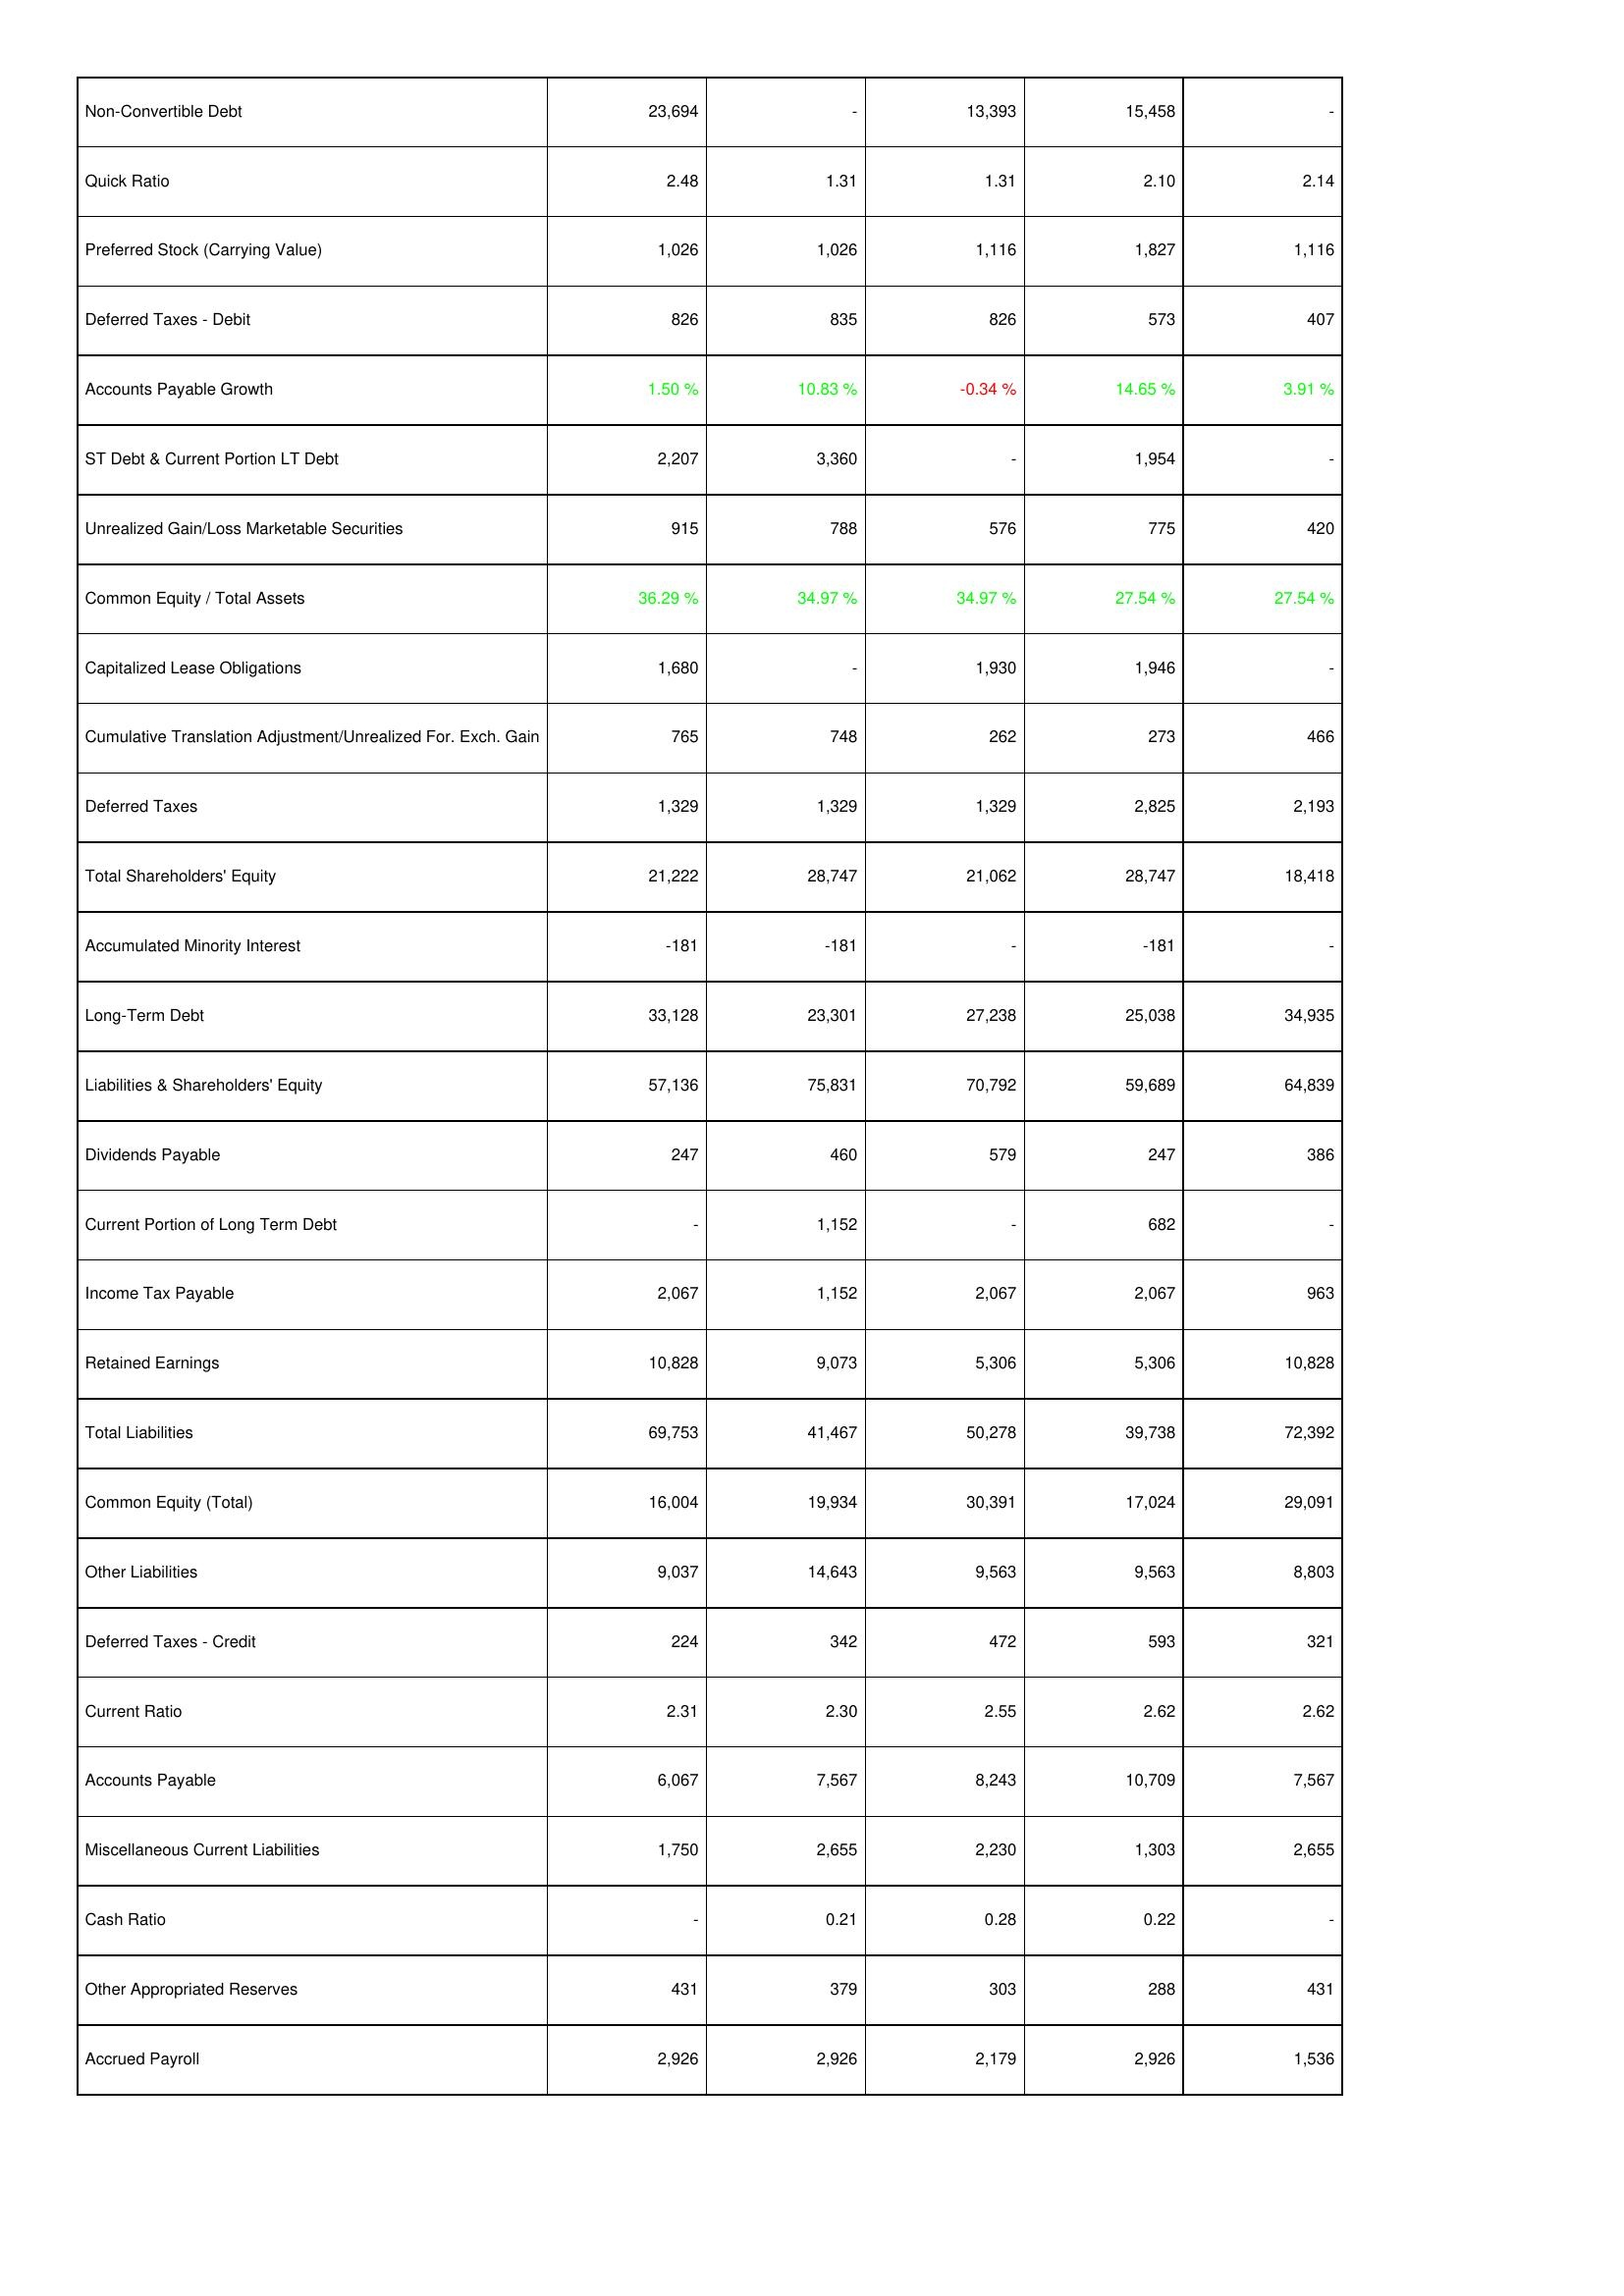
2005: Liabilities & Shareholders' Equity: Non-Convertible Debt: 23,694
Quick Ratio: 2.48
Preferred Stock (Carrying Value): 1,026
Deferred Taxes - Debit: 826
Accounts Payable Growth: 1.50 %
ST Debt & Current Portion LT Debt: 2,207
Unrealized Gain/Loss Marketable Securities: 915
Common Equity / Total Assets: 36.29 %
Capitalized Lease Obligations: 1,680
Cumulative Translation Adjustment/Unrealized For. Exch. Gain: 765
Deferred Taxes: 1,329
Total Shareholders' Equity: 21,222
Accumulated Minority Interest: -181
Long-Term Debt: 33,128
Liabilities & Shareholders' Equity: 57,136
Dividends Payable: 247
Current Portion of Long Term Debt: -
Income Tax Payable: 2,067
Retained Earnings: 10,828
Total Liabilities: 69,753
Common Equity (Total): 16,004
Other Liabilities: 9,037
Deferred Taxes - Credit: 224
Current Ratio: 2.31
Accounts Payable: 6,067
Miscellaneous Current Liabilities: 1,750
Cash Ratio: -
Other Appropriated Reserves: 431
Accrued Payroll: 2,926
2006: Liabilities & Shareholders' Equity: Non-Convertible Debt: -
Quick Ratio: 1.31
Preferred Stock (Carrying Value): 1,026
Deferred Taxes - Debit: 835
Accounts Payable Growth: 10.83 %
ST Debt & Current Portion LT Debt: 3,360
Unrealized Gain/Loss Marketable Securities: 788
Common Equity / Total Assets: 34.97 %
Capitalized Lease Obligations: -
Cumulative Translation Adjustment/Unrealized For. Exch. Gain: 748
Deferred Taxes: 1,329
Total Shareholders' Equity: 28,747
Accumulated Minority Interest: -181
Long-Term Debt: 23,301
Liabilities & Shareholders' Equity: 75,831
Dividends Payable: 460
Current Portion of Long Term Debt: 1,152
Income Tax Payable: 1,152
Retained Earnings: 9,073
Total Liabilities: 41,467
Common Equity (Total): 19,934
Other Liabilities: 14,643
Deferred Taxes - Credit: 342
Current Ratio: 2.30
Accounts Payable: 7,567
Miscellaneous Current Liabilities: 2,655
Cash Ratio: 0.21
Other Appropriated Reserves: 379
Accrued Payroll: 2,926
2007: Liabilities & Shareholders' Equity: Non-Convertible Debt: 13,393
Quick Ratio: 1.31
Preferred Stock (Carrying Value): 1,116
Deferred Taxes - Debit: 826
Accounts Payable Growth: -0.34 %
ST Debt & Current Portion LT Debt: -
Unrealized Gain/Loss Marketable Securities: 576
Common Equity / Total Assets: 34.97 %
Capitalized Lease Obligations: 1,930
Cumulative Translation Adjustment/Unrealized For. Exch. Gain: 262
Deferred Taxes: 1,329
Total Shareholders' Equity: 21,062
Accumulated Minority Interest: -
Long-Term Debt: 27,238
Liabilities & Shareholders' Equity: 70,792
Dividends Payable: 579
Current Portion of Long Term Debt: -
Income Tax Payable: 2,067
Retained Earnings: 5,306
Total Liabilities: 50,278
Common Equity (Total): 30,391
Other Liabilities: 9,563
Deferred Taxes - Credit: 472
Current Ratio: 2.55
Accounts Payable: 8,243
Miscellaneous Current Liabilities: 2,230
Cash Ratio: 0.28
Other Appropriated Reserves: 303
Accrued Payroll: 2,179
2008: Liabilities & Shareholders' Equity: Non-Convertible Debt: 15,458
Quick Ratio: 2.10
Preferred Stock (Carrying Value): 1,827
Deferred Taxes - Debit: 573
Accounts Payable Growth: 14.65 %
ST Debt & Current Portion LT Debt: 1,954
Unrealized Gain/Loss Marketable Securities: 775
Common Equity / Total Assets: 27.54 %
Capitalized Lease Obligations: 1,946
Cumulative Translation Adjustment/Unrealized For. Exch. Gain: 273
Deferred Taxes: 2,825
Total Shareholders' Equity: 28,747
Accumulated Minority Interest: -181
Long-Term Debt: 25,038
Liabilities & Shareholders' Equity: 59,689
Dividends Payable: 247
Current Portion of Long Term Debt: 682
Income Tax Payable: 2,067
Retained Earnings: 5,306
Total Liabilities: 39,738
Common Equity (Total): 17,024
Other Liabilities: 9,563
Deferred Taxes - Credit: 593
Current Ratio: 2.62
Accounts Payable: 10,709
Miscellaneous Current Liabilities: 1,303
Cash Ratio: 0.22
Other Appropriated Reserves: 288
Accrued Payroll: 2,926
2009: Liabilities & Shareholders' Equity: Non-Convertible Debt: -
Quick Ratio: 2.14
Preferred Stock (Carrying Value): 1,116
Deferred Taxes - Debit: 407
Accounts Payable Growth: 3.91 %
ST Debt & Current Portion LT Debt: -
Unrealized Gain/Loss Marketable Securities: 420
Common Equity / Total Assets: 27.54 %
Capitalized Lease Obligations: -
Cumulative Translation Adjustment/Unrealized For. Exch. Gain: 466
Deferred Taxes: 2,193
Total Shareholders' Equity: 18,418
Accumulated Minority Interest: -
Long-Term Debt: 34,935
Liabilities & Shareholders' Equity: 64,839
Dividends Payable: 386
Current Portion of Long Term Debt: -
Income Tax Payable: 963
Retained Earnings: 10,828
Total Liabilities: 72,392
Common Equity (Total): 29,091
Other Liabilities: 8,803
Deferred Taxes - Credit: 321
Current Ratio: 2.62
Accounts Payable: 7,567
Miscellaneous Current Liabilities: 2,655
Cash Ratio: -
Other Appropriated Reserves: 431
Accrued Payroll: 1,536